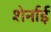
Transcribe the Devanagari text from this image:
शेर्नाई